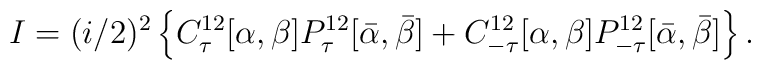
I = (i/2)^2\left\{   C^{12}_\tau   [\alpha,\beta]P^{12}_\tau   [\bar{\alpha},\bar{\beta}]  +C^{12}_{-\tau}[\alpha,\beta]P^{12}_{-\tau}[\bar{\alpha},\bar{\beta}]             \right\}.